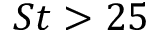
S t > 2 5